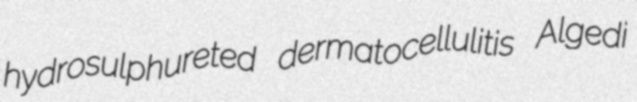
hydrosulphureted dermatocellulitis Algedi